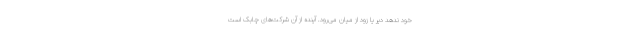
خود ندهد دیر یا زود از میان می‌رود. آینده از آن شرکت‌های چابک است